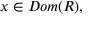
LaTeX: x \in D o m ( R ) ,